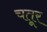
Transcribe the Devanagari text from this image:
चतूर